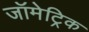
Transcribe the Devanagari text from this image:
जॉमेट्रिक